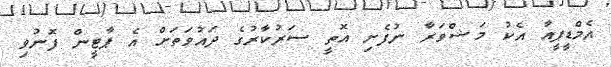
އެމްޑީޕީއާ އެކު މަޝްވަރާ ނުފެށި އޮތީ ސަރުކާރުގެ ދައުވަތަށް އެ ޕާޓީން ފޮނުވި